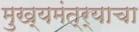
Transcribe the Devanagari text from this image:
मुख्यमंत्र्याचा